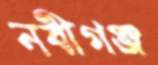
নবীগঞ্জ